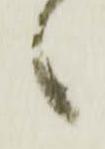
候